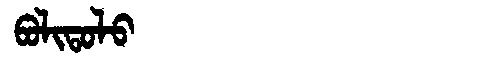
Manchu: ᠪᠣᠯᡳᡨᠣᠯᠣ
Romanization: BOLITOLO